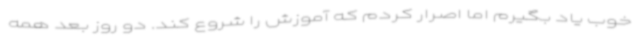
خوب یاد بگیرم اما اصرار کردم که آموزش را شروع کند. دو روز بعد همه